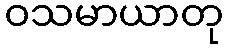
ဝသမာယာတု